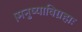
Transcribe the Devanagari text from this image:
।मनुष्याविग्रहाः